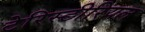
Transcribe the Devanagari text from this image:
टेरिस्टीरियल